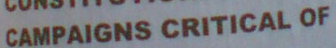
CAMPAIGNS CRITICAL OF